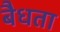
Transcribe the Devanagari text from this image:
बैधता